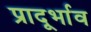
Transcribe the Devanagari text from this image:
प्रादूर्भाव